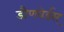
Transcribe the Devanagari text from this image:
डौणवेर्डस्